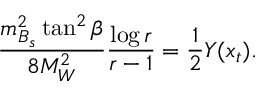
\frac { m _ { B _ { s } } ^ { 2 } \tan ^ { 2 } \beta } { 8 M _ { W } ^ { 2 } } \frac { \log r } { r - 1 } = \frac { 1 } { 2 } Y ( x _ { t } ) .